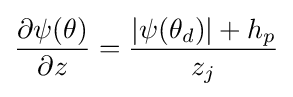
{\frac {\partial \psi (\theta )}{\partial z}}={\frac {|\psi (\theta _{d})|+h_{p}}{z_{j}}}